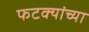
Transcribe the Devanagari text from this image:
फटक्यांच्या